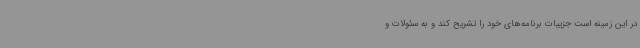
در این زمینه است جزییات برنامه‌های خود را تشریح کند و به سئولات و